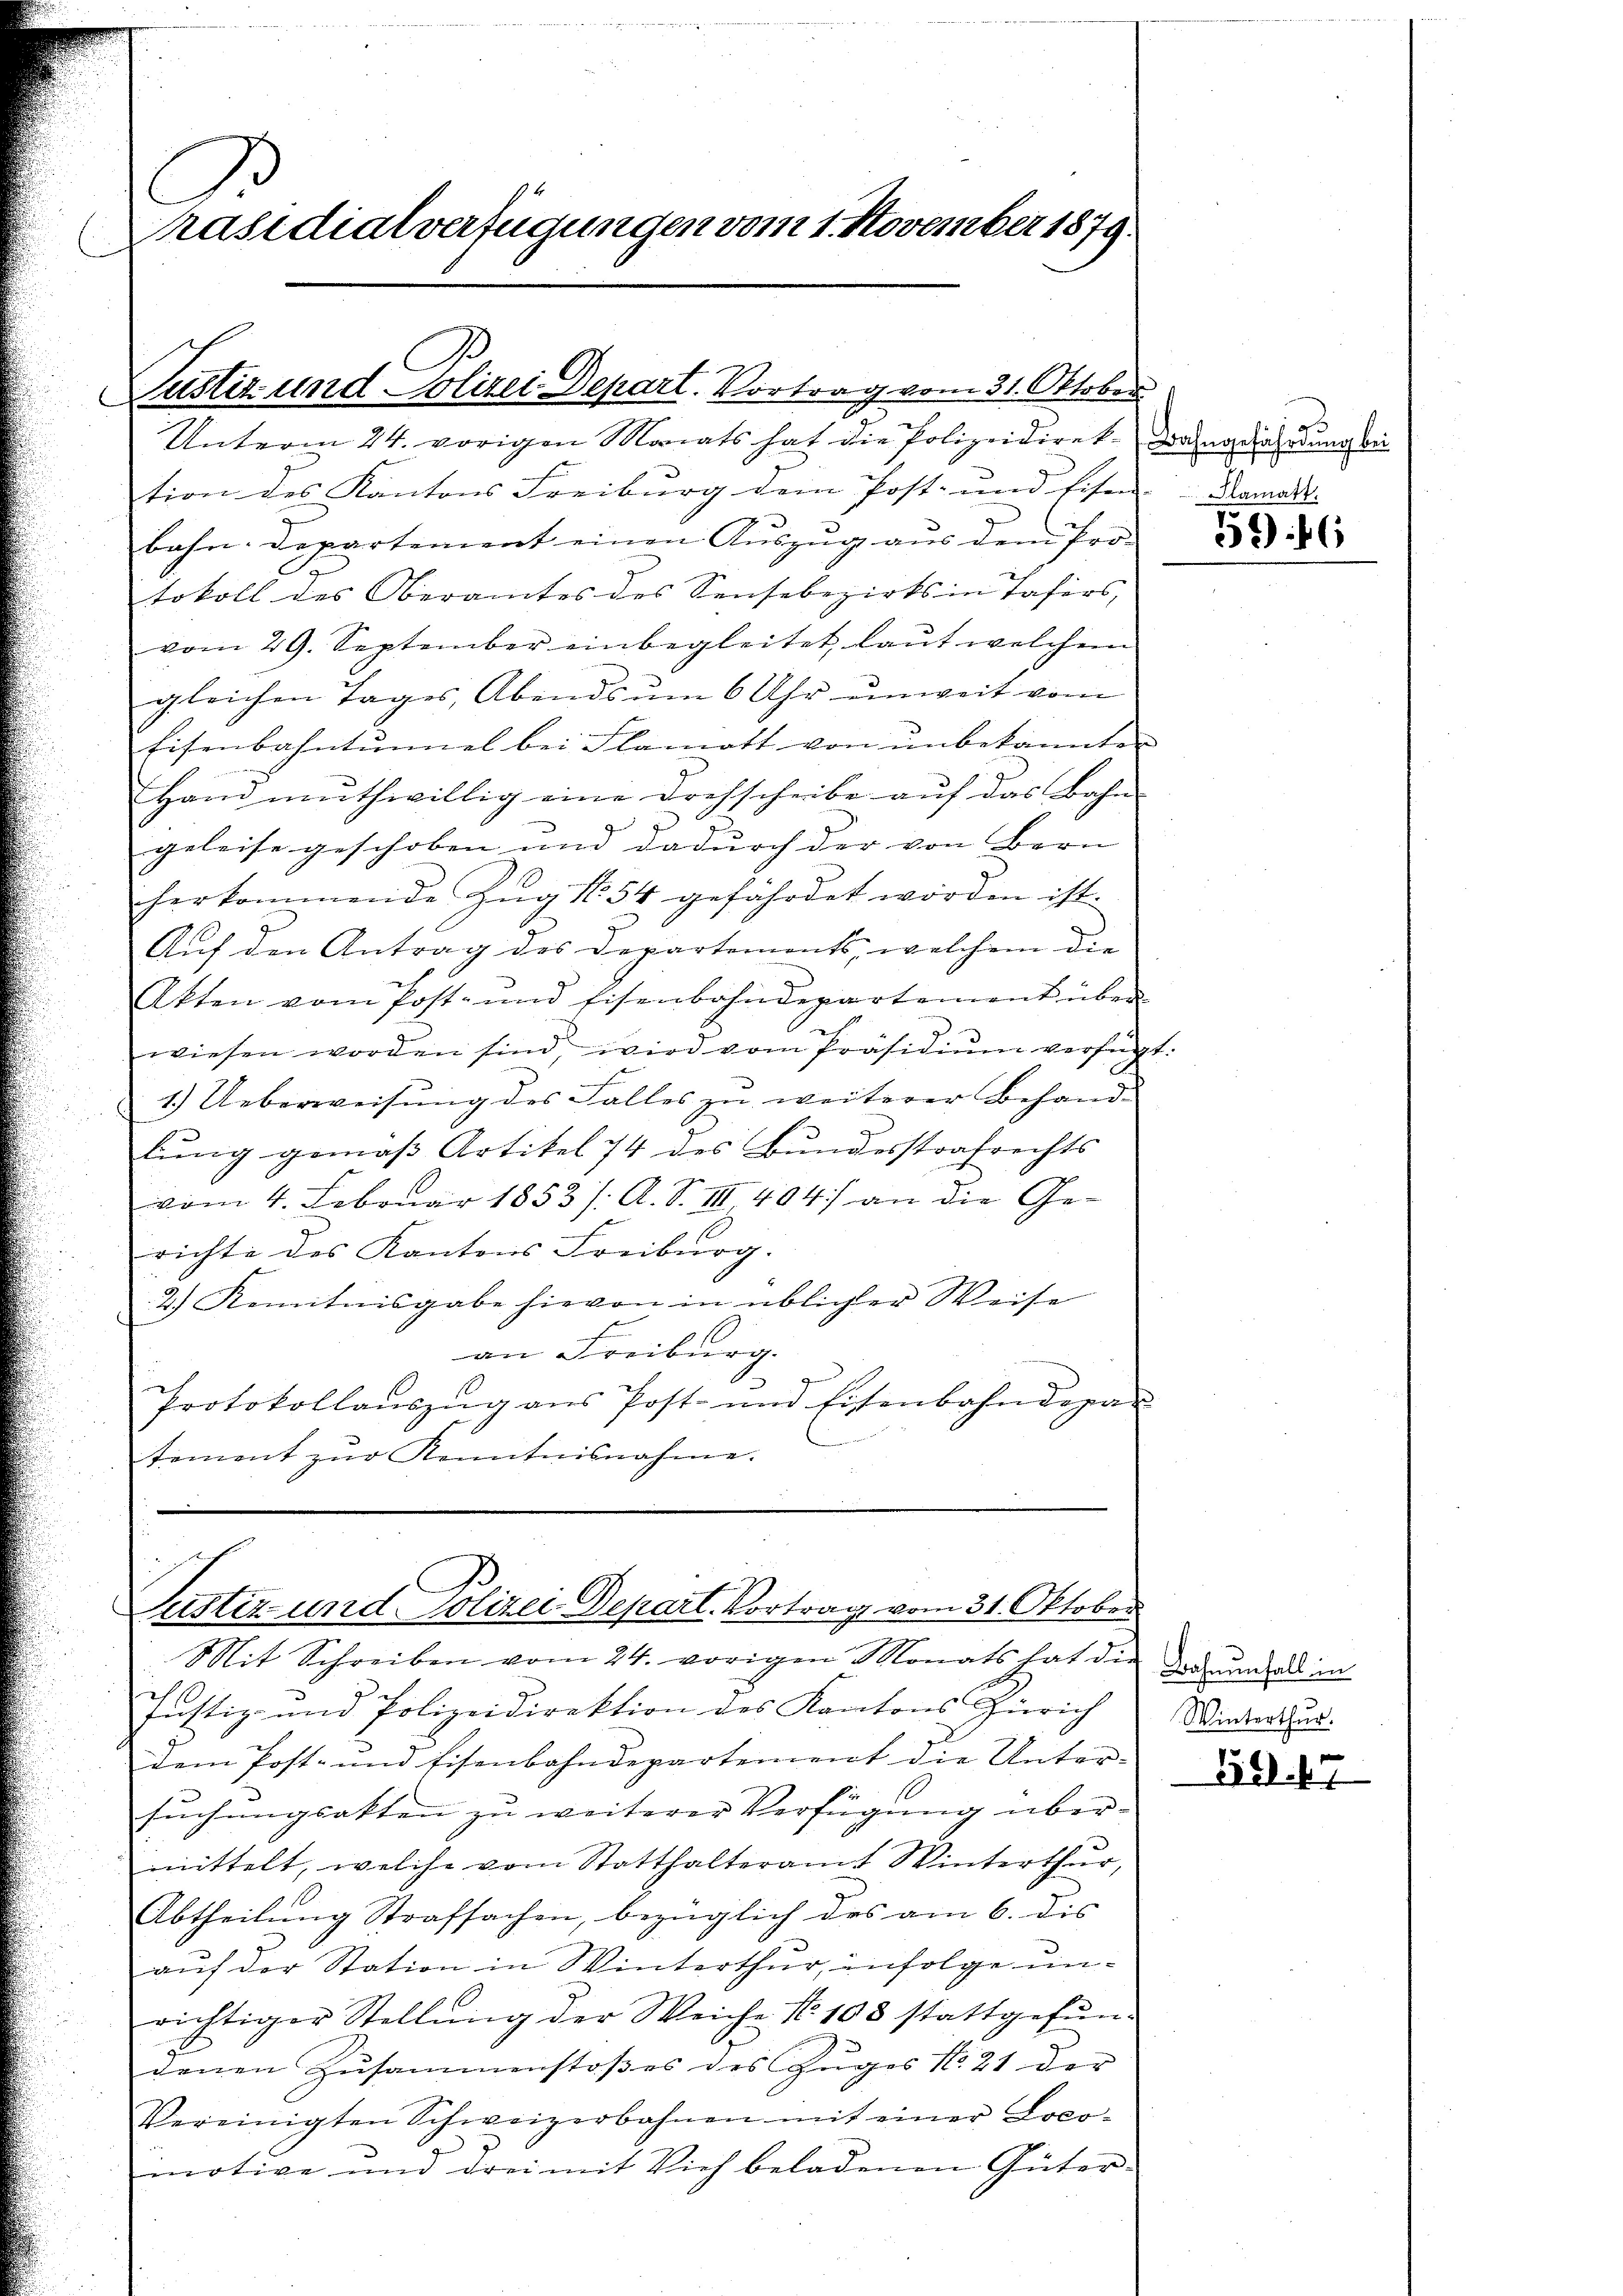
Präsidialverfügungen vom 1. November 1879.

Justiz und Polizei Depart. Vortrag vom 31. Oktober
Unterm 24. vorigen Monats hat die Polizeidirek-Bahngeahndung bei

tion des Kantons Freiburg dem Post- und Eise
bahn. Departement einen Auszug aus dem Pro-
tokoll des Oberamtes des Sensebezirks in Tafers,
vom 29. September einbegleitet, laŭt welchem
gleichen Tages, Abends um 6 Uhr unweit vom
Eisenbahntunnel bei Flamott von unbekannten
Hand muthwillig eine drehscheibe auf das Bahn
geleise geschoben und dadurch der von Bern
herkommende Zŭg No. 54 gefährdet worden ist.
Auf den Antrag des Departements, welchem die
Akten vom Post- und Eisenbahndepartement über
wiesen worden sind, wird vom Präsidium verfüg
E
1.) Ueberweisung des Falles zu weiterer Behandlung gemäss Artikel 74 des Bundesstrafrechts
vom 4. Februar 1853 /: A. S. III 404) an die Gerichte des Kantons Freiburg.
2.) Kenntnisgabe hievon in üblicher Weise
an Freiburg.
Protokollauszug aus Post- und Eisenbahndepar
tement zur Kenntnisnahme.
Justiz- und Polizei Depart. Vortrag vom 31. Oktober
Mit Schreiben vom 24. vorigen Monats hat die
Justiz- und Polizeidirektion des Kantons Zürich
dem Post- und Eisenbahndepartement die Unter-
suchungsakten zu weiterer Verfügung übermittelt, welche vom Statthalteramt Winterthŭr,
Abtheilung Strafsachen, bezüglich des am 6. dis
auf der Station in Winterthur, infolge unrichtiger Stellŭng der Weiche No 103 stattgefŭn-
denen Zŭsammenstoβes des Zŭges No. 21 der
Vereinigten Schweizerbahnen mit einer Loco-
motive und drei mit Vieh beladenen Güter-

Plamatt.

t.

54)

Bahnenfall in
Winterthur.

59. 47